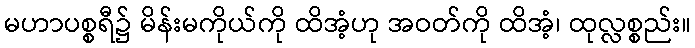
မဟာပစ္စရီ၌ မိန်းမကိုယ်ကို ထိအံ့ဟု အဝတ်ကို ထိအံ့၊ ထုလ္လစ္စည်း။